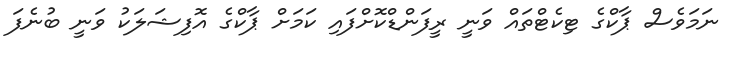
ނަމަވެސް ޕާކްގެ ޓިކެޓްތައް ވަނީ ރީފަންޑްކޮށްފައި ކަމަށް ޕާކްގެ އޮފިޝަލަކު ވަނީ ބުނެފަ